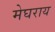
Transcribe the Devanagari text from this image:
मेघराय